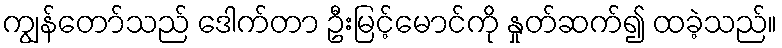
ကျွန်တော်သည် ဒေါက်တာ ဦးမြင့်မောင်ကို နှုတ်ဆက်၍ ထခဲ့သည်။